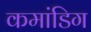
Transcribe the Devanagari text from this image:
कमांडिग